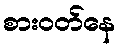
စားဝတ်နေ